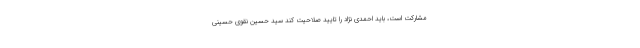
مشارکت است، باید احمدی نژاد را تایید صلاحیت کند سید حسین نقوی حسینی